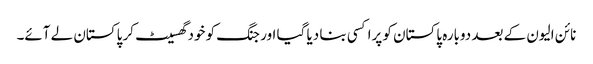
نائن الیون کے بعد دوبارہ پاکستان کو پراکسی بنا دیا گیا اور جنگ کو خود گھسیٹ کر پاکستان لے آئے۔